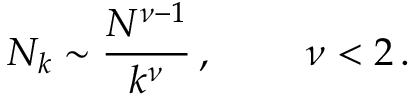
N _ { k } \sim \frac { N ^ { \nu - 1 } } { k ^ { \nu } } \, , ~ \qquad \nu < 2 \, .